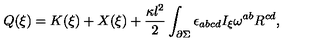
Q ( \xi ) = K ( \xi ) + X ( \xi ) + \frac { \kappa l ^ { 2 } } { 2 } \int _ { \partial \Sigma } \epsilon _ { a b c d } I _ { \xi } \omega ^ { a b } R ^ { c d } ,